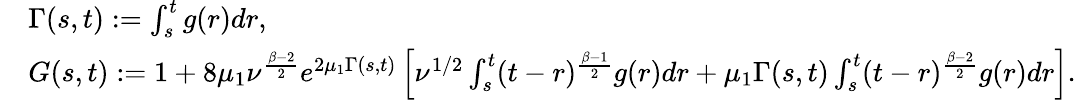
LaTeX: \begin{array}{rl}&{\Gamma(s,t):=\int_{s}^{t}g(r)dr,}\\ &{G(s,t):=1+8\mu_{1}\nu^{\frac{\beta-2}{2}}e^{2\mu_{1}\Gamma(s,t)}\left[\nu^{1/2}\int_{s}^{t}(t-r)^{\frac{\beta-1}{2}}g(r)dr+\mu_{1}\Gamma(s,t)\int_{s}^{t}(t-r)^{\frac{\beta-2}{2}}g(r)dr\right].}\end{array}